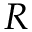
{ \cal R }